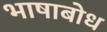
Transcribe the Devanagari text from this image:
भाषाबोध